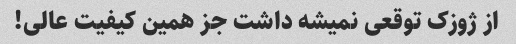
از ژوزک توقعی نمیشه داشت جز همین کیفیت عالی!